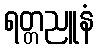
ရတ္တညူနံ